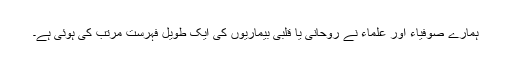
ہمارے صوفیاء اور علماء نے روحانی یا قلبی بیماریوں کی ایک طویل فہرست مرتب کی ہوئی ہے۔